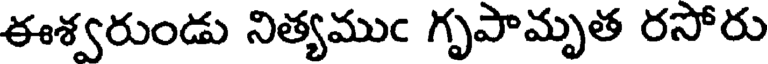
ఈశ్వరుండు నిత్యముఁ గృపామృత రసోరు